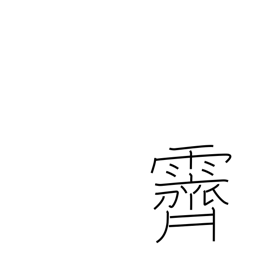
Meaning: clear up